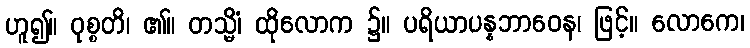
ဟူ၍။ ဝုစ္စတိ၊ ၏။ တသ္မိံ၊ ထိုလောက ၌။ ပရိယာပန္နဘာဝေန၊ ဖြင့်။ လောကေ၊